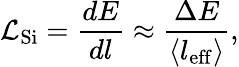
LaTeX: \mathcal{L}_{\mathrm{{Si}}}=\frac{dE}{dl}\approx\frac{\Delta E}{\langle l_{\mathrm{eff}}\rangle},